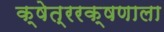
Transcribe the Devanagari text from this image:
क्षेत्ररक्षणाला